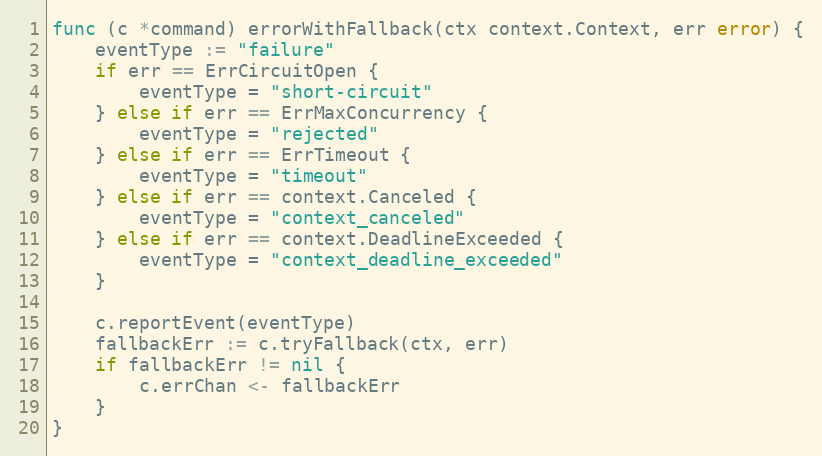
Language: Go
func (c *command) errorWithFallback(ctx context.Context, err error) {
	eventType := "failure"
	if err == ErrCircuitOpen {
		eventType = "short-circuit"
	} else if err == ErrMaxConcurrency {
		eventType = "rejected"
	} else if err == ErrTimeout {
		eventType = "timeout"
	} else if err == context.Canceled {
		eventType = "context_canceled"
	} else if err == context.DeadlineExceeded {
		eventType = "context_deadline_exceeded"
	}

	c.reportEvent(eventType)
	fallbackErr := c.tryFallback(ctx, err)
	if fallbackErr != nil {
		c.errChan <- fallbackErr
	}
}